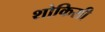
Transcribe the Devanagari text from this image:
शोकिसी